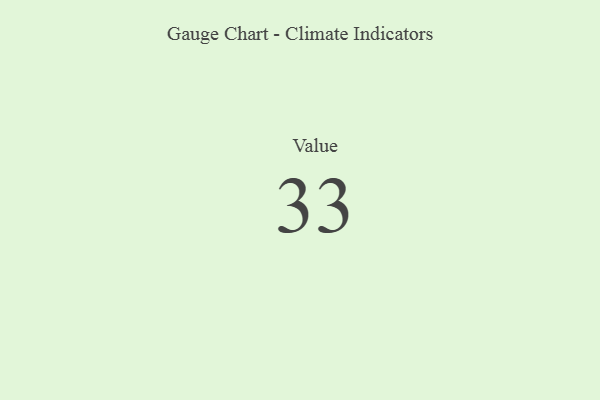
{"axis": {"x": "Metric", "y": "Value"}, "legend": [""], "data": [{"x": "Value", "y": 33, "type": ""}]}